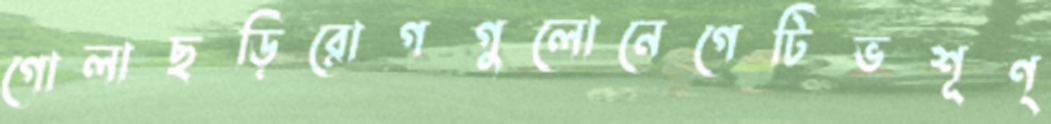
গোলাছড়িরোগগুলোনেগেটিভশূণ্